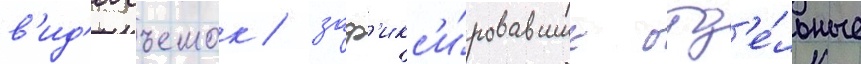
в'ид'еосъемок / заф'икс'и́ровавших отд'е́льные